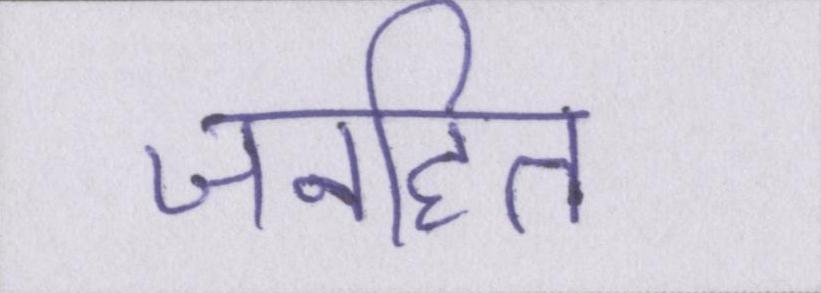
जनहित